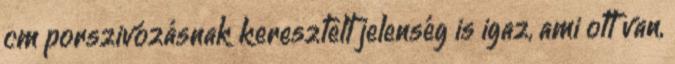
cm porszivózásnak keresztelt jelenség is igaz, ami ott van,